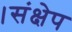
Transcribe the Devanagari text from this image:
।संक्षेप